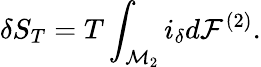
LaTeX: \delta S_{T}=T\int_{{\cal M}_{2}}i_{\delta}d{\cal F}^{(2)}.